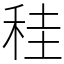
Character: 䅅